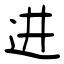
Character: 进